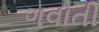
ગવાતી